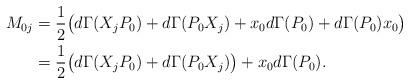
LaTeX: \begin{align*}M_{0j}&=\frac{1}{2}\big( d\Gamma(X_jP_0)+d\Gamma(P_0X_j)+x_0 d\Gamma(P_0)+ d\Gamma(P_0) x_0\big) \\&=\frac{1}{2}\big( d\Gamma(X_jP_0)+d\Gamma(P_0X_j)\big) +x_0 d\Gamma(P_0).\end{align*}